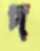
দ